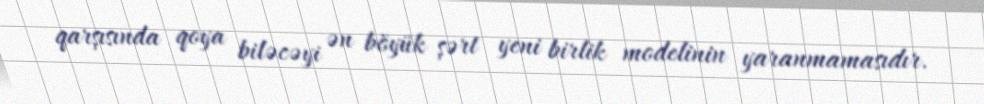
qarşısında qoya biləcəyi ən böyük şərt yeni birlik modelinin yaranmamasıdır.